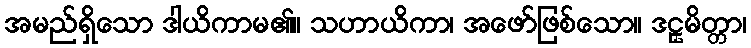
အမည်ရှိသော ဒါယိကာမ၏။ သဟာယိကာ၊ အဖော်ဖြစ်သော။ ဒဠှမိတ္တာ၊